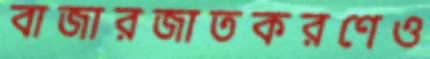
বাজারজাতকরণেও